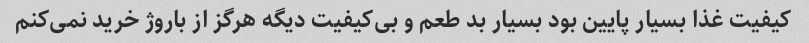
کیفیت غذا بسیار پایین بود بسیار بد طعم و بی‌کیفیت دیگه هرگز از باروژ خرید نمی‌کنم